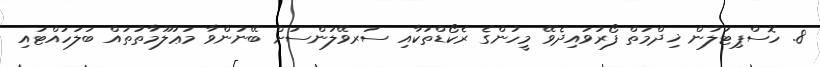
8. ހޮސްޕިޓަލުން ޚިދްމަތް ފޯރުވައިދެވޭ މީހުންގެ ރެކޯޑްތަކާއި ސަރވޭލަންސަށް ބޭނުންވާ މަޢުލޫމާތުތައް ބަލަހައްޓައި